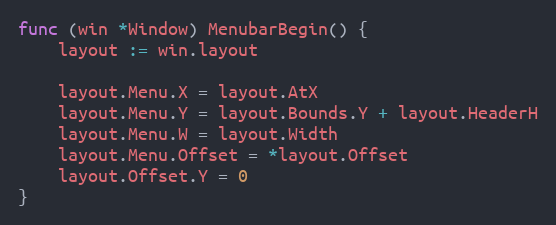
Language: Go
func (win *Window) MenubarBegin() {
	layout := win.layout

	layout.Menu.X = layout.AtX
	layout.Menu.Y = layout.Bounds.Y + layout.HeaderH
	layout.Menu.W = layout.Width
	layout.Menu.Offset = *layout.Offset
	layout.Offset.Y = 0
}